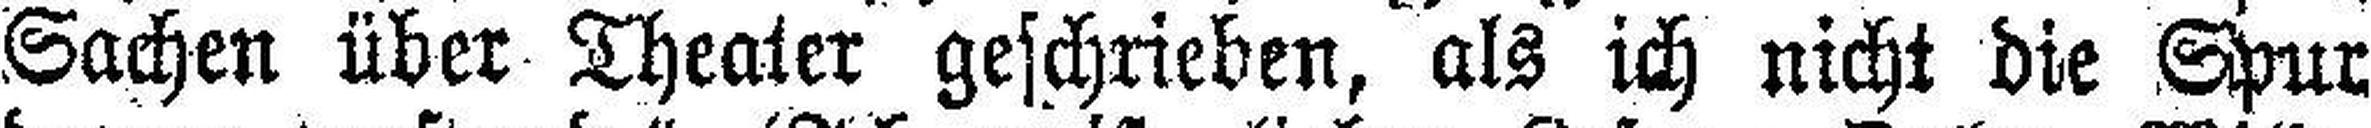
Sachen über Theater geschrieben, als ich nicht die Spur